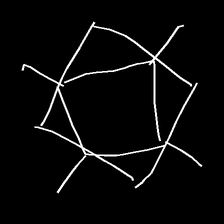
Glyph: light